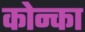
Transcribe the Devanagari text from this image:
कोन्का